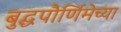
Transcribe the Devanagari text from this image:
बुद्धपौर्णिमेच्या